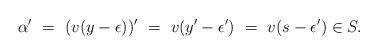
LaTeX: \begin{align*}\alpha' \ =\ (v(y-\epsilon))' \ =\ v(y'-\epsilon') \ =\ v(s-\epsilon')\in S.\end{align*}